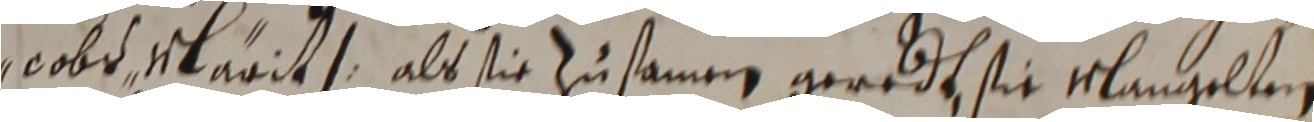
cobs earit als sie zusamen geredt, sie mlangelten